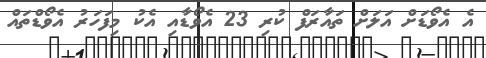
އެ އެވޯޑަށް އަލަށް ތައާރަފް ކުރި 23 އެވޯޑާއި އެކު މިފަހަރު އެވޯޑްތައް